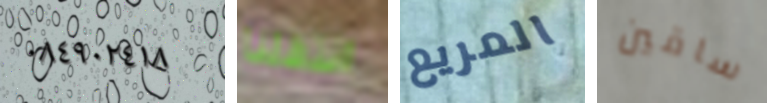
٠٨٤٩٠٢٤١٨ انتقلنا المريع ساقين